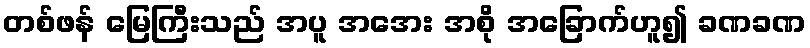
တစ်ဖန် မြေကြီးသည် အပူ အအေး အစို အခြောက်ဟူ၍ ခဏခဏ